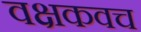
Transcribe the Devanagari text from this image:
वक्षकवच